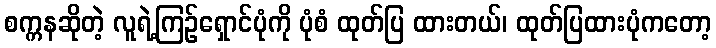
စက္ကနဆိုတဲ့ လူရဲ့ကြဉ်ရှောင်ပုံကို ပုံစံ ထုတ်ပြ ထားတယ်၊ ထုတ်ပြထားပုံကတော့